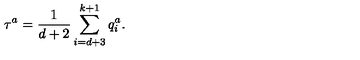
\tau ^ { a } = \frac { { 1 } } { d + 2 } \sum _ { i = d + 3 } ^ { k + 1 } q _ { i } ^ { a } .